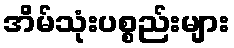
အိမ်သုံးပစ္စည်းများ